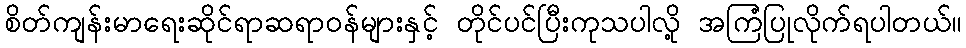
စိတ်ကျန်းမာရေးဆိုင်ရာဆရာဝန်များနှင့် တိုင်ပင်ပြီးကုသပါလို့ အကြံပြုလိုက်ရပါတယ်။